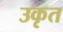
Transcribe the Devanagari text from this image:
उकृत